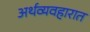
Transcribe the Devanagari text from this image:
अर्थव्यवहारात